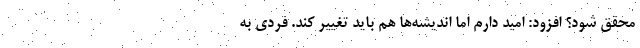
محقق شود؟ افزود: امید دارم اما اندیشه‌ها هم باید تغییر کند. فردی به